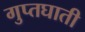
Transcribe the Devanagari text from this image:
गुप्तघाती